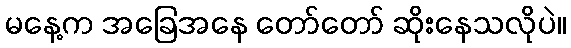
မနေ့က အခြေအနေ တော်တော် ဆိုးနေသလိုပဲ။